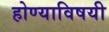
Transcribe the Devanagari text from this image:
होण्याविषयी